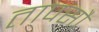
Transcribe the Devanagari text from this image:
तापसौ